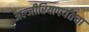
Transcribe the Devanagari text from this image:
अल्जीरियापर्यंतचा